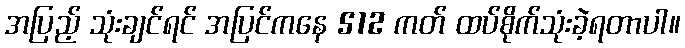
အပြည့် သုံးချင်ရင် အပြင်ကနေ 512 ကတ် ထပ်စိုက်သုံးခဲ့ရတာပါ။